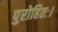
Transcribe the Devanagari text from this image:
पुरोहितः।